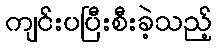
ကျင်းပပြီးစီးခဲ့သည့်